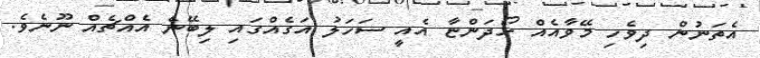
އެތަނުން ދިވެހި މޭވާއެއް ހޯދަންޏާ އެއީ ސަހަލު އަގެއްގައި ލިބޭނެ އެއްޗެއް ނޫނެވެ.